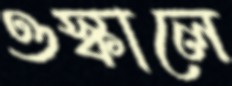
ওস্‌কালে